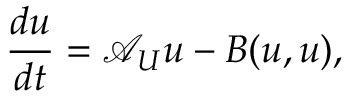
\frac { d u } { d t } = \mathcal { A } _ { U } u - B ( u , u ) ,